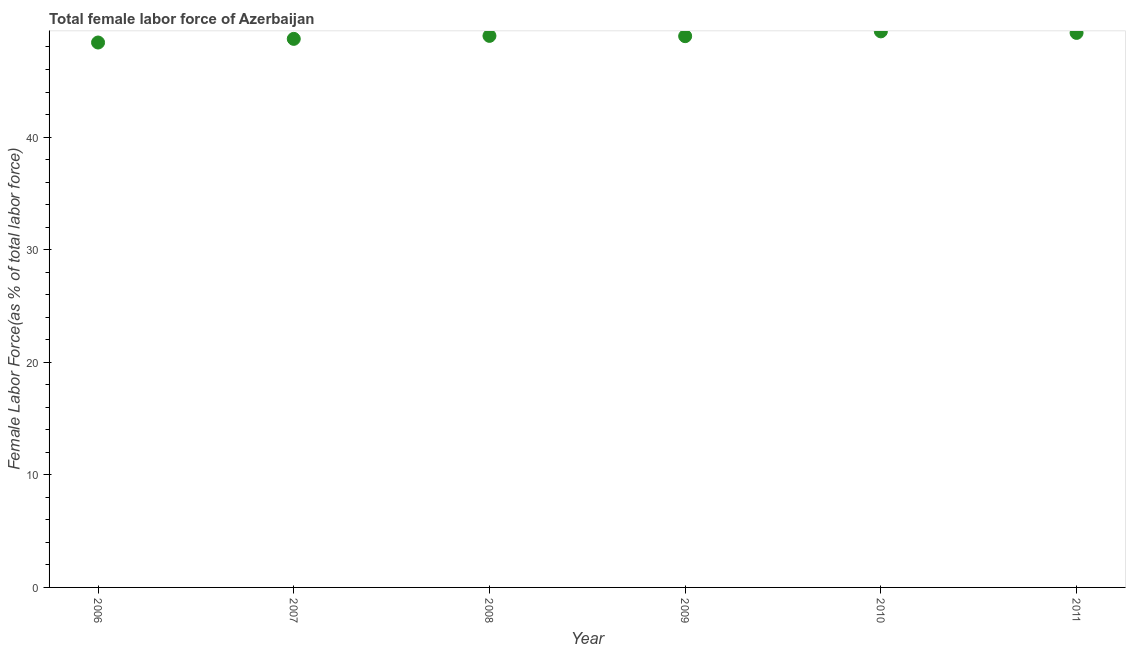
| Year | Female Labor force |
 | --- | --- |
 | 2006 | 48.4 |
 | 2007 | 48.7 |
 | 2008 | 49 |
 | 2009 | 49 |
 | 2010 | 49.4 |
 | 2011 | 49.3 |